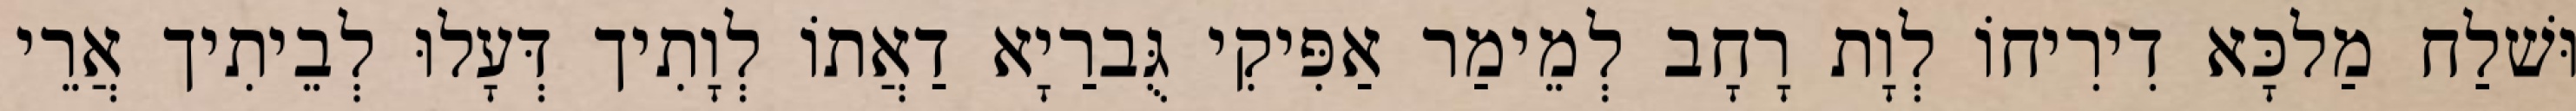
וּשׁלַח מַלכָּא דִירִיחוֹ לְוָת רָחָב לְמֵימַר אַפִּיקִי גֻּברַיָא דַאֲתוֹ לְוָתִיך דְּעָלוּ לְבֵיתִיך אֲרֵי